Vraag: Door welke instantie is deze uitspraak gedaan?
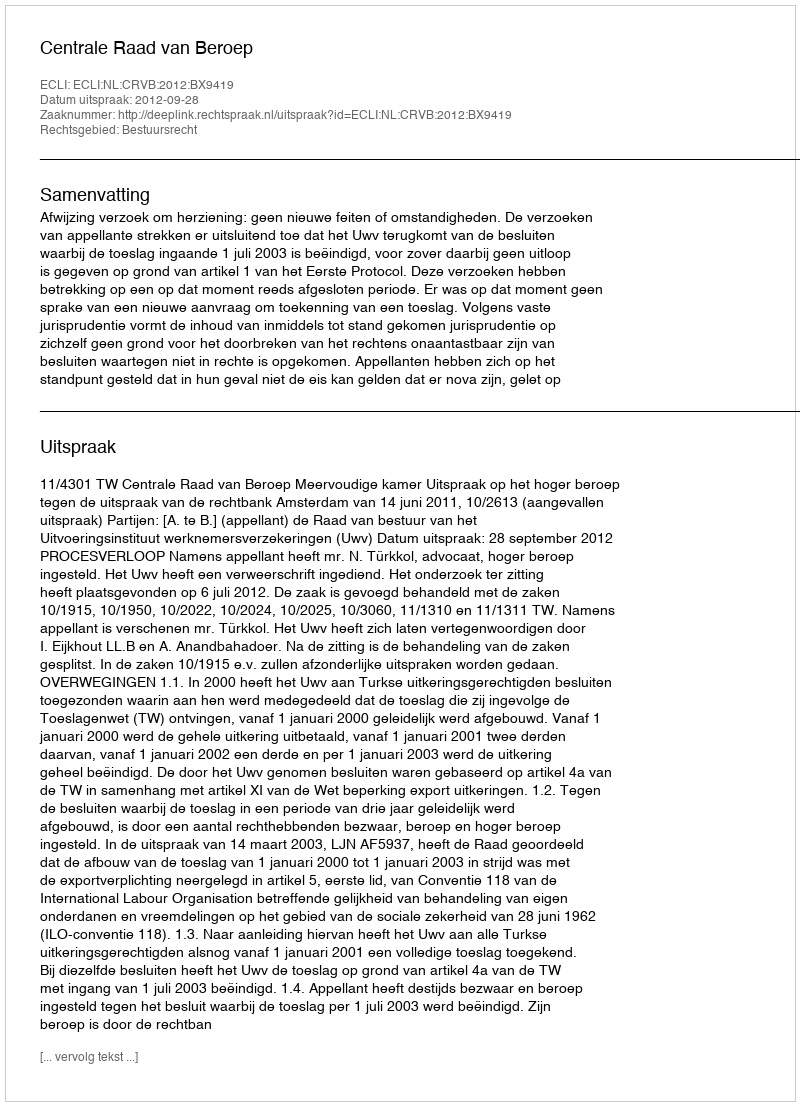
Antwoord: Centrale Raad van Beroep